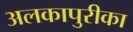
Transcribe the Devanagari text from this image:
अलकापुरीका